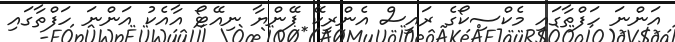
އަންނަ ހަފްތާގައި މެކްސިކޯގެ ރައީސް އެންރީކޭ ޕޭންޔާ ނިއޭޓޯ އާއެކު އަންނަ ހަފްތާގައި